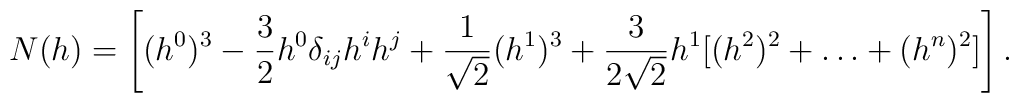
N(h)=\left[(h^{0})^{3}-\frac{3}{2}h^{0}\delta_{ij}h^{i}h^{j}+\frac{1}{\sqrt{2}}(h^{1})^{3}+\frac{3}{2\sqrt{2}} h^{1}[(h^{2})^{2}+\ldots+(h^{n})^{2}]\right].